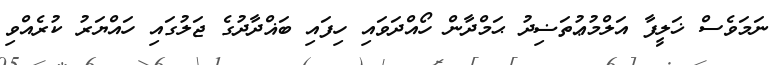
ނަމަވެސް ޚަލީފާ އަލްމުޢުތަޟިދު ޙަމްދާން ހޯއްދަވައި ހިފައި ބަޣްދާދުގެ ޖަލުގައި ހައްޔަރު ކުރެއްވި